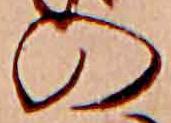
の